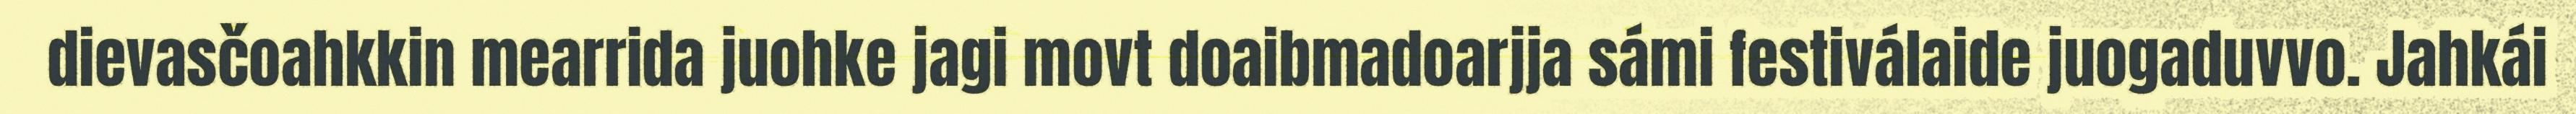
dievasčoahkkin mearrida juohke jagi movt doaibmadoarjja sámi festiválaide juogaduvvo. Jahkái